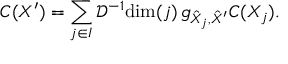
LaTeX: C ( X ^ { \prime } ) = \sum _ { j \in I } \mathcal { D } ^ { - 1 } \mathrm { d i m } ( j ) \, g _ { \hat { X } _ { j } , \hat { X } ^ { \prime } } C ( X _ { j } ) .